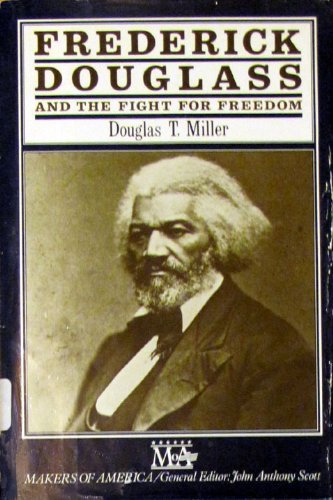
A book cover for Frederick Douglass and the Fight for Freedom (Makers of America); Douglas Miller; Teen & Young Adult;